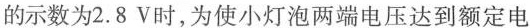
的示数为2.8V时，为使小灯泡两端电压达到额定电